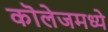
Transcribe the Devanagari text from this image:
कॊलेजमध्ये